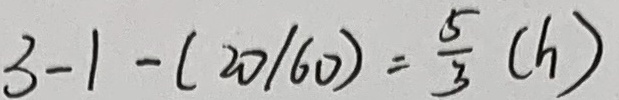
3 - 1 - ( 2 0 / 6 0 ) = \frac { 5 } { 3 } ( h )